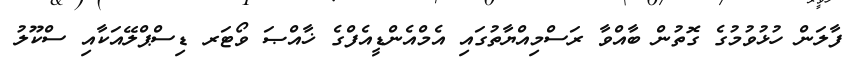
ފާލަން ހުޅުވުމުގެ ގޮތުން ބާއްވާ ރަސްމިއްޔާތުގައި އެމްްއެންޑީއެފްގެ ޚާއްޞަ ވޯޓަރ ޑިސްޕްލޭއަކާއި ސްކޫލު